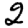
Digit: 2